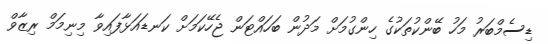
ޑިސެމްބަރު މަހު ބޭންކުތަކުގެ ހިންގުމަށް މަދުން ބަހައްޓަން ޖެހޭކަމަށް ކަނޑައަޅާފައިވާ މިނިމަމް ރިޒާވް